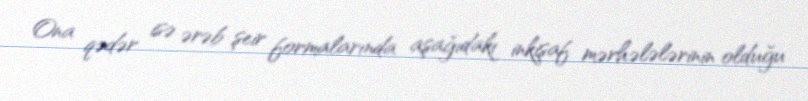
Ona qədər isə ərəb şeir formalarında aşağıdakı inkişaf mərhələlərinin olduğu